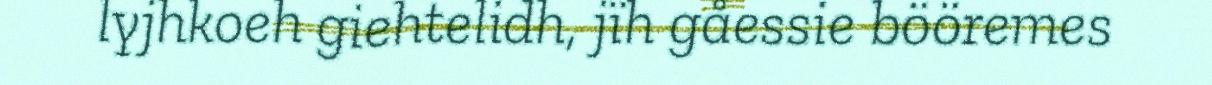
lyjhkoeh giehtelidh, jïh gåessie bööremes